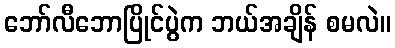
ဘော်လီဘောပြိုင်ပွဲက ဘယ်အချိန် စမလဲ။